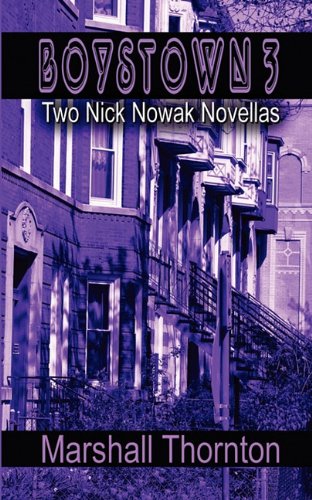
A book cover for Boystown 3: Two Nick Nowak Novellas; Marshall Thornton; Gay & Lesbian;